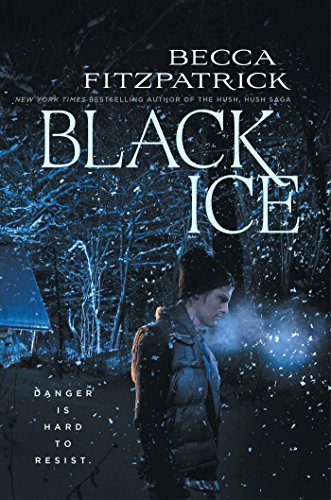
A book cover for Black Ice; Becca Fitzpatrick; Teen & Young Adult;